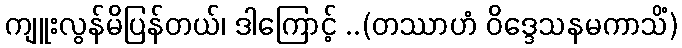
ကျူးလွန်မိပြန်တယ်၊ ဒါကြောင့် ..(တဿာဟံ ဝိဒ္ဒေသနမကာသိံ)